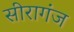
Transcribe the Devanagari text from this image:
सीरागंज